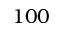
1 0 0